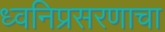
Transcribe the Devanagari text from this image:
ध्वनिप्रसरणाचा